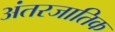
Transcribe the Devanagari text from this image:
अंतरजातिक